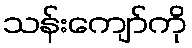
သန်းကျော်ကို